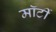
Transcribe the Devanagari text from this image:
मॉर्टी